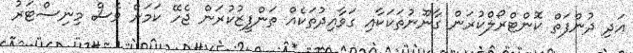
އަދި ދުންފަތް ކޮންޓްރޯލްކުރަން ގާނޫނުތަކަކާއި ގަވާއިދުތަކެއް ތަންފީޒުކުރަން ޖެހޭ ކަމަށް ވެސް މިނިސްޓަރު